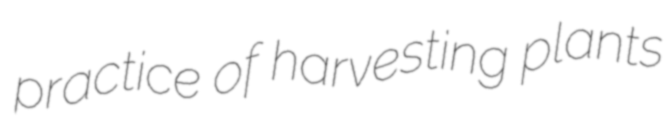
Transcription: practice of harvesting plants